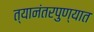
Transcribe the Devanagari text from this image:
त्यानंतरपुण्यात